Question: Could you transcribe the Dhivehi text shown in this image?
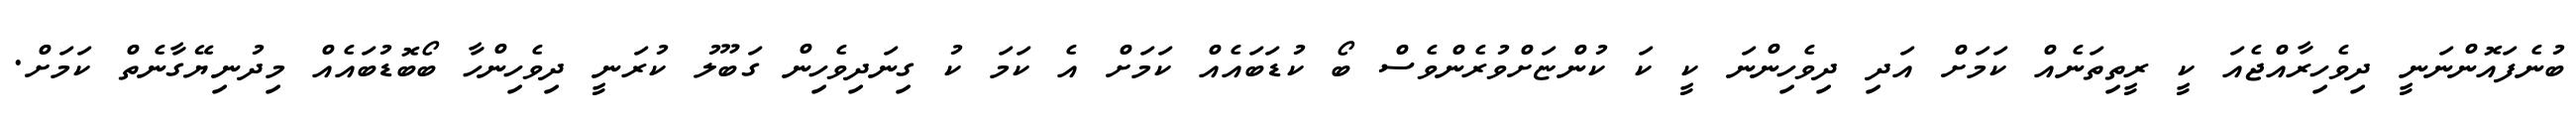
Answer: ބުނެފައޮންނަނީ ދިވެހިރާއްޖެއަ ކީ ރީތިތަނެއް ކަމަށް އަދި ދިވެހިންނަ ކީ ކަ ކުންޏަށްވުރެންވެސް ބޯ ކުޑަބައެއް ކަމަށް އެ ކަމަ ކު ގިނަދިވެހިން ގަބޫލު ކުރަނީ ދިވެހިންހާ ބޯބޮޑުބައެއް މިދުނިޔޭގާނެތް ކަމަށް.